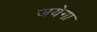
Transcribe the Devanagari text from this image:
जयेगा